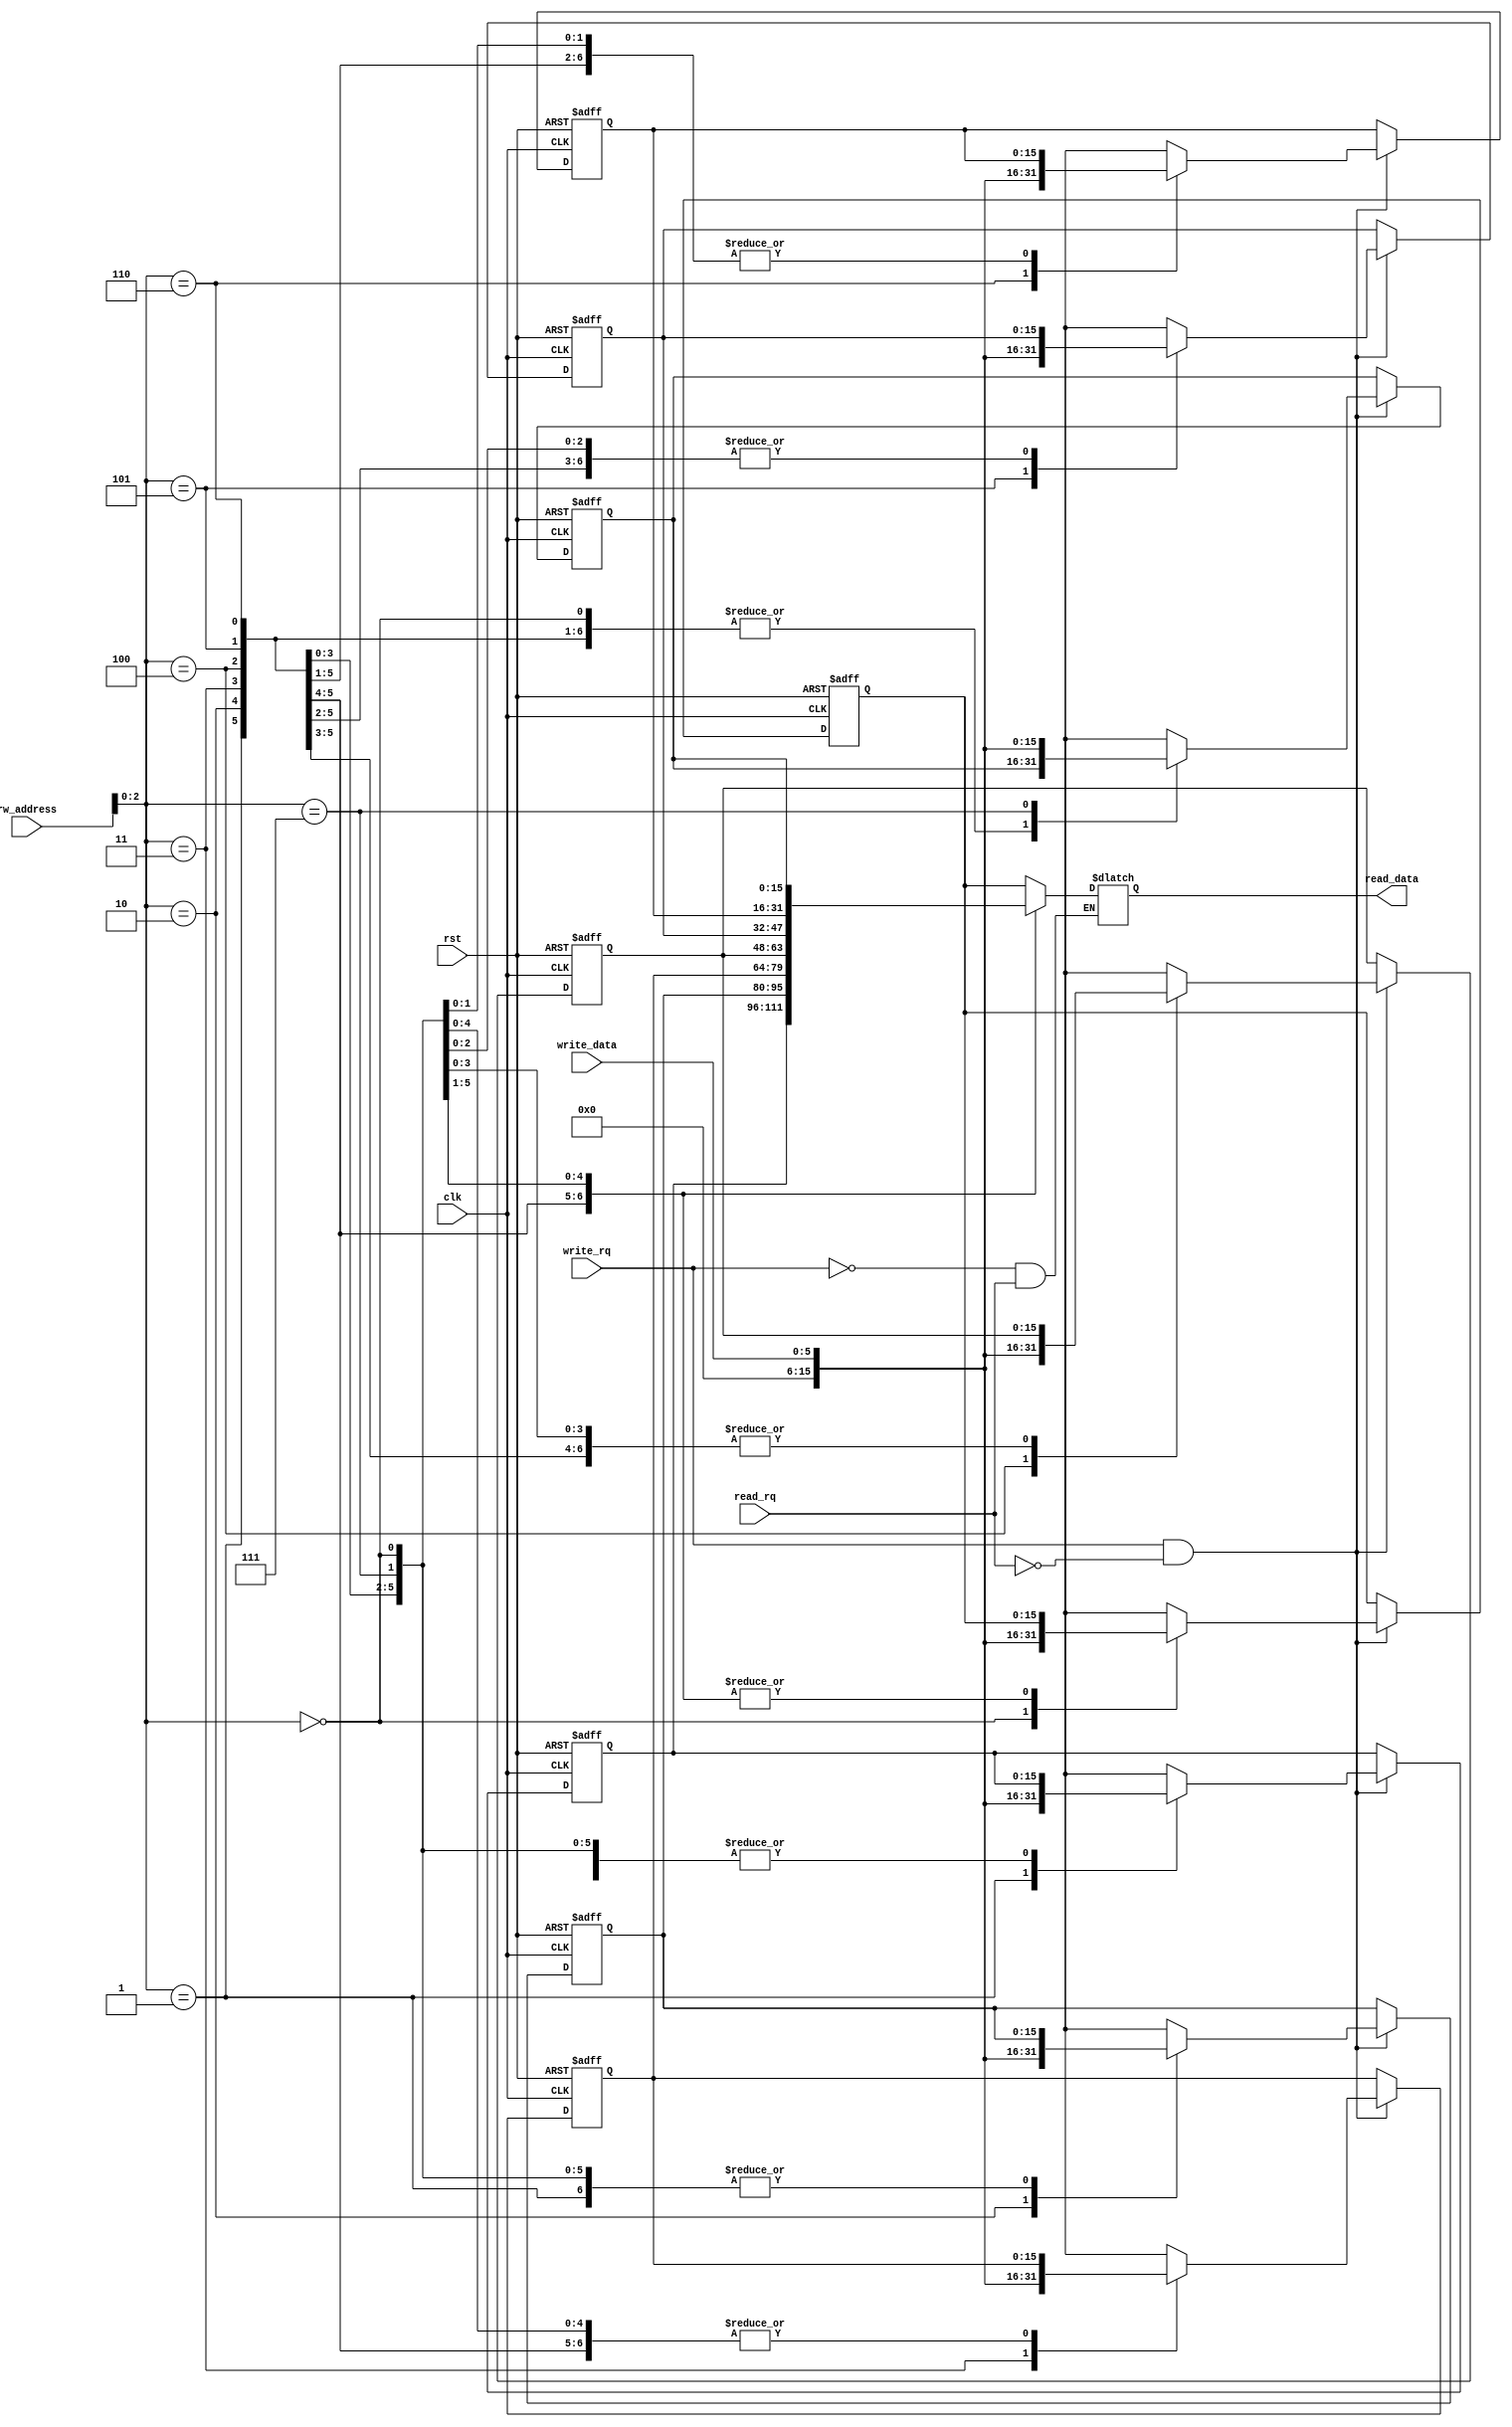
module mem_ram_sync(
    input clk,
    input rst,
    input read_rq,
    input write_rq,
    input[5:0] rw_address,
    input[5:0] write_data,
    output[15:0] read_data
);


reg[15:0]     read_data;

integer out, i;

// Declare memory 8x16 bits = 128 bits or 32 bytes
reg [15:0] memory_ram_d [7:0];
reg [15:0] memory_ram_q [7:0];

// Use positive edge of clock to read the memory
// Implement cyclic shift right
always @(posedge clk or negedge rst)
begin
    if (!rst)
    begin
        for (i=0;i<8; i=i+1)
            memory_ram_q[i] <= 0;
    end
    else
    begin
        for (i=0;i<8; i=i+1)
             memory_ram_q[i] <= memory_ram_d[i];
    end
end


always @(*)
begin
    for (i=0;i<8; i=i+1)
        memory_ram_d[i] = memory_ram_q[i];
    if (write_rq && !read_rq)
        memory_ram_d[rw_address] = write_data;
    if (!write_rq && read_rq)
        read_data = memory_ram_q[rw_address];
end
endmodule